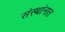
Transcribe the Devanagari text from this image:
संस्थांनात